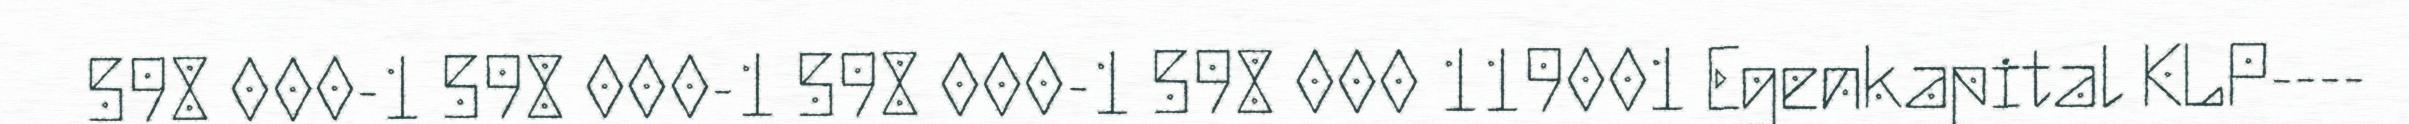
598 000-1 598 000-1 598 000-1 598 000 119001 Egenkapital KLP----